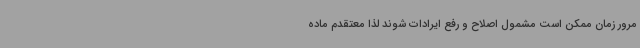
مرور زمان ممکن است مشمول اصلاح و رفع ایرادات شوند لذا معتقدم ماده